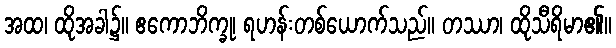
အထ၊ ထိုအခါ၌။ ဧကောဘိက္ခု၊ ရဟန်းတစ်ယောက်သည်။ တဿာ၊ ထိုသီရိမာ၏။